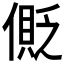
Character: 𠍥